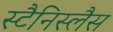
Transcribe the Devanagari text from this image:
स्टैनिस्लैस